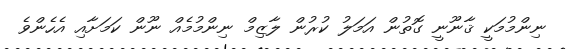
ނިންމުމަކީ ޤާނޫނީ ގޮތުން އަމަލު ކުރުން ލާޒިމް ނިންމުމެއް ނޫން ކަމަށާއި އެހެންވެ